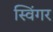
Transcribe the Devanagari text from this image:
स्विंगर